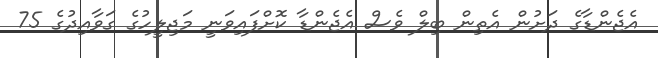
އެޖެންޑާގެ ދަށުން އެތިން ބިލް ވެސް އެޖެންޑާ ކޮށްފައިވަނީ މަޖިލީހުގެ ގަވާއިދުގެ 75